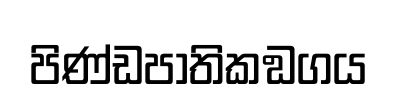
පිණ්ඩපාතිකඞගය